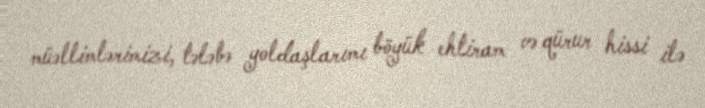
müəllimlərimizi, tələbə yoldaşlarımı böyük ehtiram və qürur hissi ilə